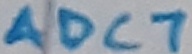
Text: ADC7